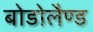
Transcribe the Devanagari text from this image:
बोडोलैण्ड